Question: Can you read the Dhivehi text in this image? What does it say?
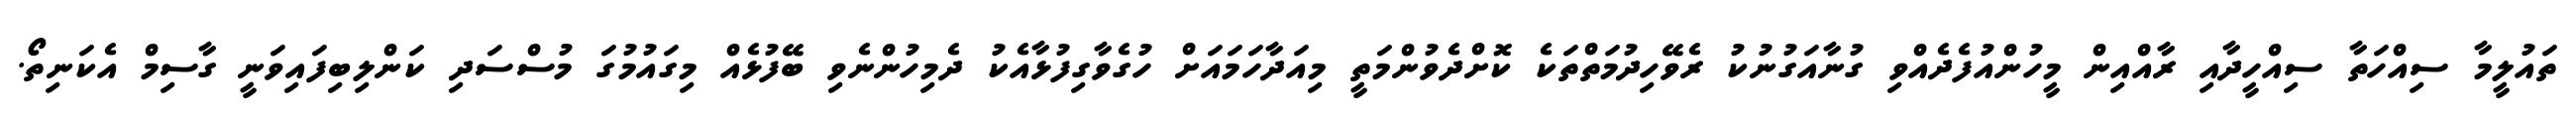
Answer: ތައުލީމާ ސިއްހަތާ ސިއްހީދާއި ރާއްއިން މީހުންއުފެދެއްވި ގުނާއަގުނުކު ރެވޭހިދުމަތްތަކެ ކޮށްދެވުންމަތީ މިއަދާހަމައަށް ހުގެވާގިފުޅާއެކު ދެމިހުންނެވި ބޭފުޅެއް މިގައުމުގަ މުސްސަދި ކަންލިބިފައިވަނީ ގާސިމް އެކަނިތޯ.